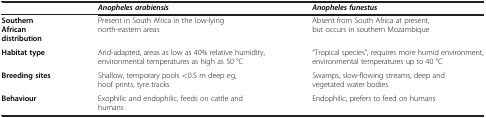
<table><thead><tr><td><b> </b></td><td><b><i>Anopheles arabiensis</i></b></td><td><b><i>Anopheles funestus</i></b></td></tr></thead><tbody><tr><td><b>Southern African distribution</b></td><td>Present in South Africa in the low-lying north-eastern areas</td><td>Absent from South Africa at present, but occurs in southern Mozambique</td></tr><tr><td><b>Habitat type</b></td><td>Arid-adapted, areas as low as 40% relative humidity, environmental temperatures as high as 50 °C</td><td>“Tropical species”, requires more humid environment, environmental temperatures up to 40 °C</td></tr><tr><td><b>Breeding sites</b></td><td>Shallow, temporary pools &lt;0.5 m deep eg, hoof prints, tyre tracks</td><td>Swamps, slow-flowing streams, deep and vegetated water bodies</td></tr><tr><td><b>Behaviour</b></td><td>Exophilic and endophilic, feeds on cattle and humans</td><td>Endophilic, prefers to feed on humans</td></tr></tbody></table>